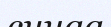
синаа